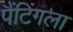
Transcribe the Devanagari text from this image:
पैंटिंगला